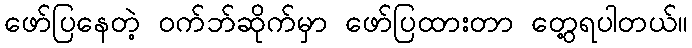
ဖော်ပြနေတဲ့ ဝက်ဘ်ဆိုက်မှာ ဖော်ပြထားတာ တွေ့ရပါတယ်။